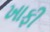
ખાફી